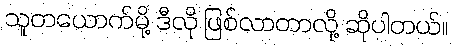
သူတယောက်မို့ ဒီလို ဖြစ်လာတာလို့ ဆိုပါတယ်။